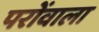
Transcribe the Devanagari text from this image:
परोंवाला